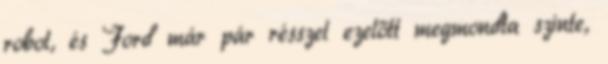
robot, és Ford már pár résszel ezelőtt megmondta szinte,